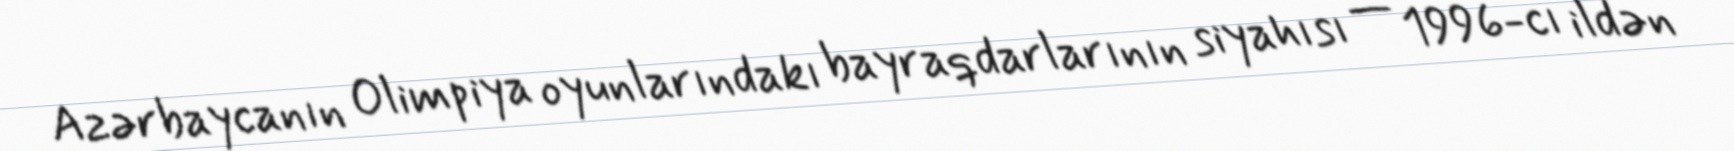
Azərbaycanın Olimpiya oyunlarındakı bayraqdarlarının siyahısı — 1996-cı ildən